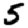
Digit: 5